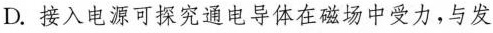
D. 接入电源可探究通电导体在磁场中受力，与发